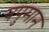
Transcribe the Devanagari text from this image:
वपुमान